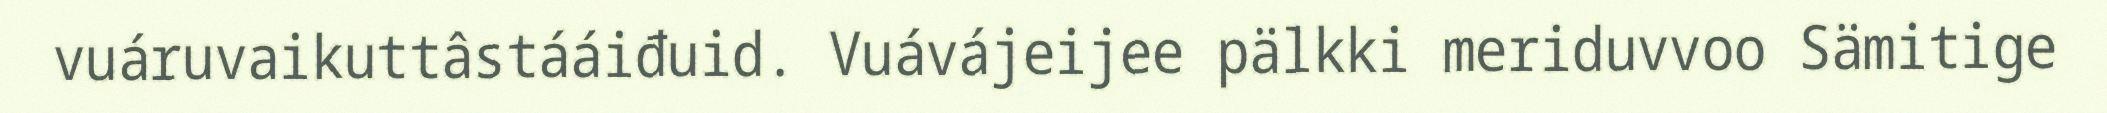
vuáruvaikuttâstááiđuid. Vuávájeijee pälkki meriduvvoo Sämitige